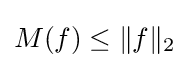
M(f)\leq \|f\|_{2}